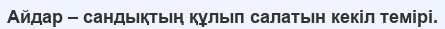
Айдар – сандықтың құлып салатын кекіл темірі.